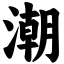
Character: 潮